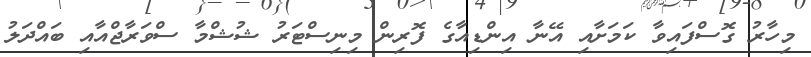
މިހާރު ގޮސްފައިވާ ކަމަށާއި އޭނާ އިންޑިއާގެ ފޮރިން މިނިސްޓަރު ޝުޝްމާ ސްވަރާޖްއާއި ބައްދަލު